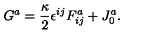
G ^ { a } = \frac { \kappa } { 2 } \epsilon ^ { i j } F _ { i j } ^ { a } + J _ { 0 } ^ { a } .